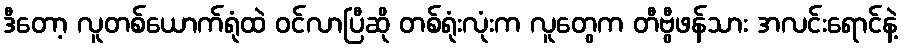
ဒီတော့ လူတစ်ယောက်ရုံထဲ ဝင်လာပြီဆို တစ်ရုံးလုံးက လူတွေက တီဗွီဖန်သား အလင်းရောင်နဲ့